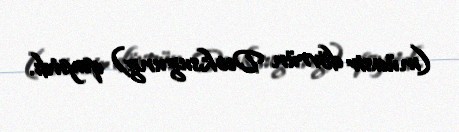
(müasir dövrün Deoksugung) qayıtdı.